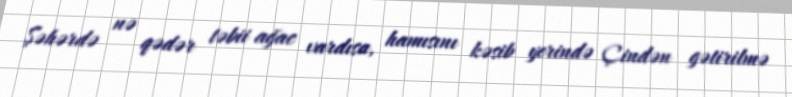
Şəhərdə nə qədər təbii ağac vardısa, hamısını kəsib yerində Çindən gətirilmə